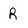
Character: R